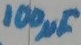
Text: 100µF